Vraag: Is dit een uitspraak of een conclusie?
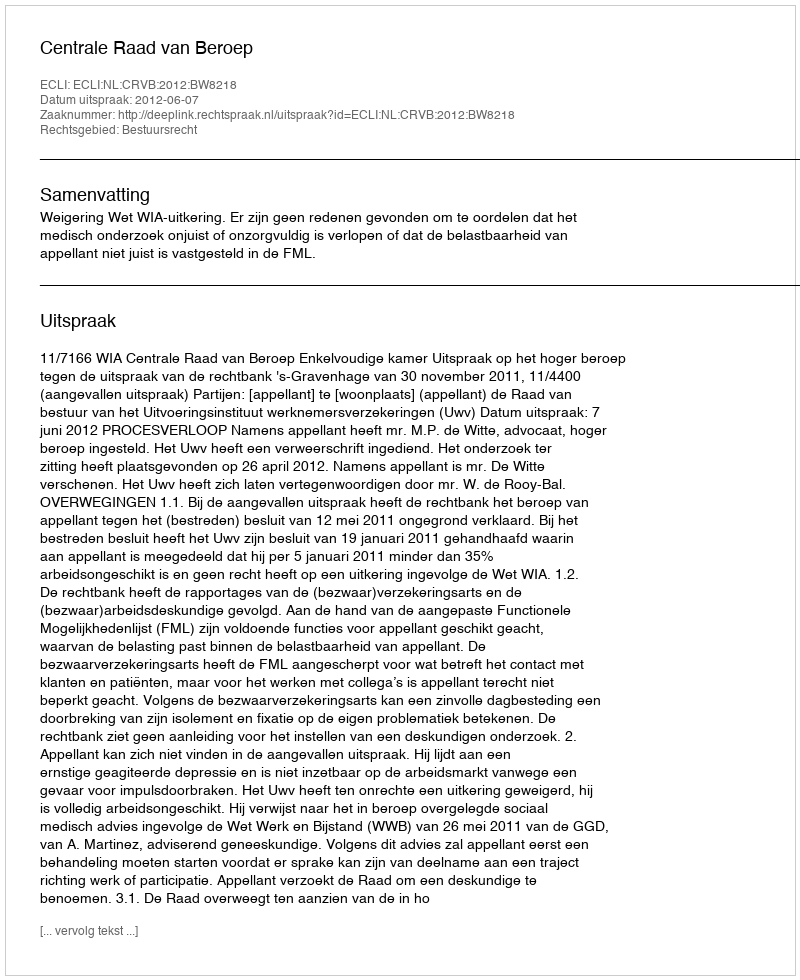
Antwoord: Uitspraak